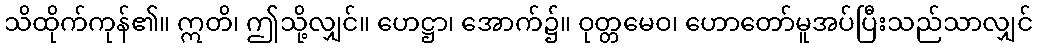
သိထိုက်ကုန်၏။ ဣတိ၊ ဤသို့လျှင်။ ဟေဋ္ဌာ၊ အောက်၌။ ဝုတ္တမေဝ၊ ဟောတော်မူအပ်ပြီးသည်သာလျှင်